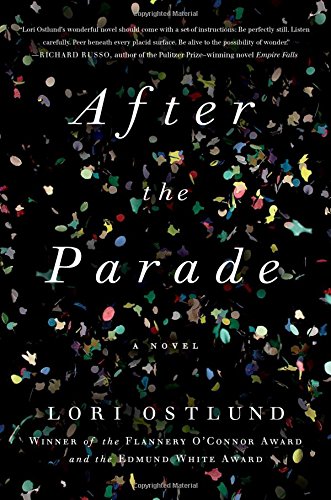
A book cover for After the Parade: A Novel; Lori Ostlund; Literature & Fiction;